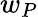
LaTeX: w_{P}